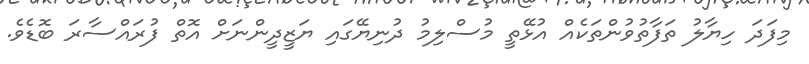
މިފަދަ ހިޔާލު ތަފާތުވުންތަކެއް އުޅޭތީ މުސްލިމު ދުނިޔޭގައި ޔަޒީދީންނަށް އޮތް ފުރައްސާރަ ބޮޑެވެ.